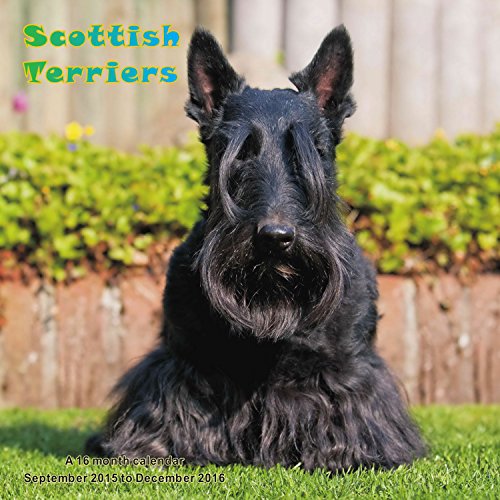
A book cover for Scottish Terriers Calendar - 2016 Wall calendars - Dog Calendars - Monthly Wall Calendar by Magnum; MegaCalendars; Calendars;